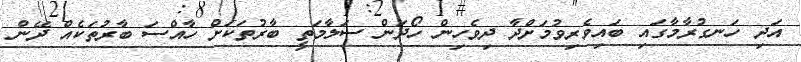
އަދި ހަނގުރާމާގައި ބައިވެރިވުމަށްދާ ދިވެހިން ހޯދަން ސަލާމަތީ ބާރުތަކަށް ހާއްސަ ބާރުތަކެއް ދޭން